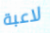
لاعبة